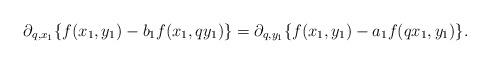
LaTeX: \begin{align*}\partial_{q, x_1}\{f(x_1, y_1)-b_1 f(x_1, qy_1)\}=\partial_{q, y_1}\{f(x_1, y_1)-a_1 f(qx_1, y_1)\}.\end{align*}